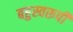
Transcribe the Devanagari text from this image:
बहुस्वरूपी